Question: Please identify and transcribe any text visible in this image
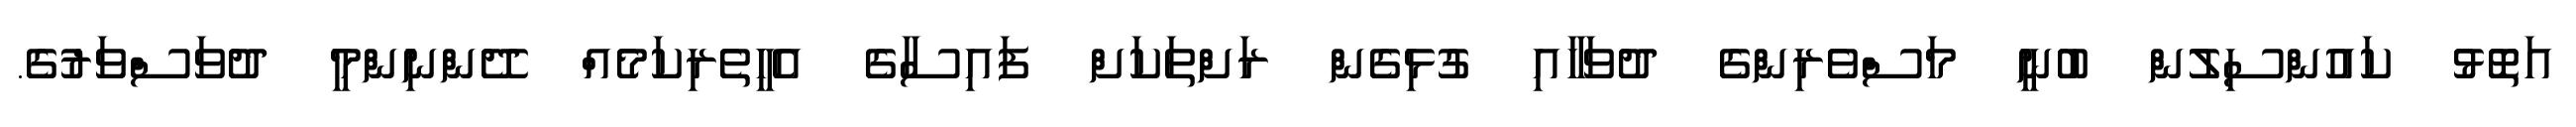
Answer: އަތޮޅު ކައުންސިލުން ބުނީ މަސްވެރިންގެ ދުވަހާއި ގުޅިގެން ރަށްތަކަށް ފައިސާގެ އެހީތެރިކަމެއް ދޭންނިންމީ ދުވަސްވަރުގެ.